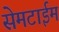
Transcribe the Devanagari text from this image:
सेमटाईम